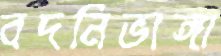
বদনিভাঙ্গা